Annual report of the Bengal Veterinary College and of the Civil Veterinary Department, Bengal, for the year 1909-1910 - 1909-1910
Year: 1909
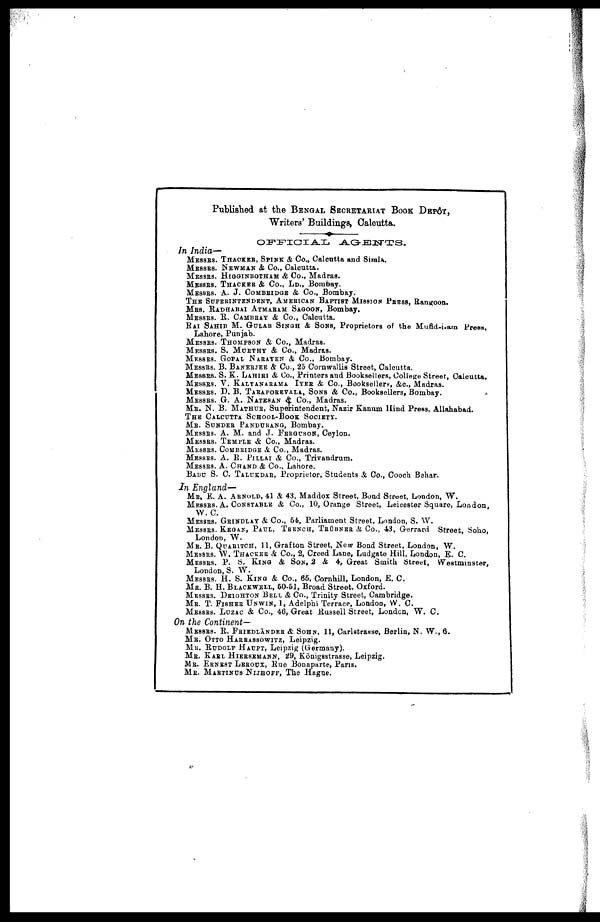
Published at the BENGAL SECRETARIAT BOOK DEPÔT,
Writers' Buildings, Calcutta.
OFFICIAL
AGENTS.
In India—
MESSRS. THACKER, SPINK & Co., Calcutta and Simla.
MESSRS. NEWMAN& Co., Calcutta.
MESSRS. HIGGINBOTHAM & Co., Madras.
MESSRS. THACKER & Co., LD., Bombay.
MESSRS. A. J. COMBRIDGE & Co., Bombay.
THE SUPERINTENDENT, AMERICAN BAPTIST MISSION PRESS, Rangoon.
MRS. RADHABAI ATMARAM SAGOON, Bombay.
MESSRS. B. CAMBRAY & Co., Calcutta.
RAI SAHIB M. GULAB SINGH & SONS, Proprietors of the Mufid-i-am Press,
Lahore, Punjab.
MESSRS. THOMPSON& Co., Madras.
MESSRS. S. MURTHY&
Co., Madras.
MESSRS. GOPAL NARAYEN & Co., Bombay.
MESSRS. B. BANERJEE & Co., 25 Cornwallis Street, Calcutta.
MESSRS. S. K. LAHIRI & Co., Printers and Booksellers, College Street, Calcutta.
MESSRS. V. KALYANARAMA IYER & Co., Booksellers, &c., Madras.
MESSRS. D. B. TARAPOREVALA, SONS & Co., Booksellers, Bombay.
MESSRS. G. A. NATESAN & Co., Madras.
MR. N. B. MATHUR, Superintendent, Nazir Kanum Hind Press, Allahabad.
THE CALCUTTA SCHOOL-BOOK SOCIETY.
ME. SUNDER PANDURANG,Bombay.
MESSRS. A. M. AND J. FERGUSON,Ceylon.
MESSRS. TEMPLE & Co., Madras.
MESSRS. COMBRIDGE & Co., Madras.
MESSRS. A. R. PILLAI & Co., Trivandrum.
MESSRS. A. CHAND & Co., Lahore.
BABU S. C. TALUKDAR, Proprietor, Students & Co., Cooch Behar.
In England—
MR. E. A. ARNOLD, 41 & 43, Maddox Street, Bond Street, London, W.
MESSRS. A. CONSTABLE & Co., 10, Orange Street, Leicester Square, London,
W. C.
MESSRS. GRINDLAY & Co., 54, Parliament Street, London, S. W.
MESSRS. KEGAN, PAUL, TRENCH, TRÜBNER & Co., 43, Gerrard Street, Soho,
London, W.
MR. B. QUARITCH,11, Grafton Street, New Bond Street, London, W.
MESSRS. W. THACKER& Co., 2, Creed Lane, Ludgate Hill, London, E. C.
MESSRS. P. S. KING & SON, 2 & 4, Great Smith Street, Westminster,
London, S. W.
MESSRS. H. S. KING&
Co., 65, Cornhill, London, E. C.
MR. B. H. BLACKWELL,50-51, Broad Street, Oxford.
MESSRS. DEIGHTON BELL& Co., Trinity Street, Cambridge.
MR. T. FISHER UNWIN,1,
Adelphi Terrace, London, W. C.
MESSRS. LUZAC & Co., 46, Great Russell Street, London, W. C.
On the Continent—
MESSRS. B. FRIEDLANDER & SOHN, 11, Carlstrasse, Berlin, N. W., 6.
MR. OTTO HARRASSOWITZ,Leipzig.
MR. RUDOLF HAUPT, Leipzig (Germany).
MR. KARL HIERSEMANN, 29, Königsstrasse, Leipzig.
MR. ERNEST LEROUX,Rue
Bonaparte, Paris.
ME. MARTINUS NIJHOFF, The Hague.